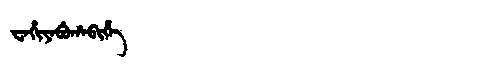
Manchu: ᠸᠠᡥᡳᠶᠠᠪᡠᡥᠠᠪᡳᡥᡝ
Romanization: WAHIYABUHABIHE